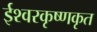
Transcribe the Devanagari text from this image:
ईश्वरकृष्णकृत